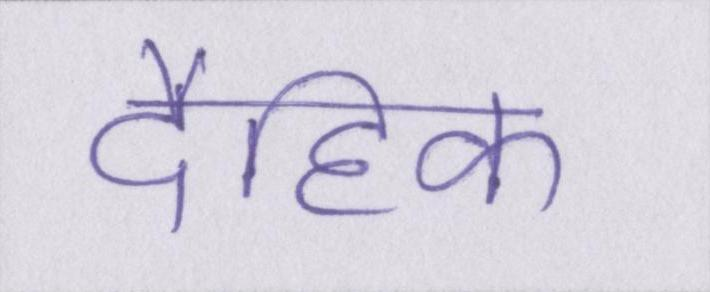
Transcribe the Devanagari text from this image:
दैहिक